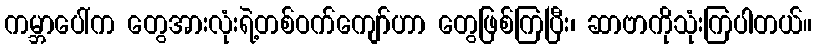
ကမ္ဘာပေါ်က တွေအားလုံးရဲ့တစ်ဝက်ကျော်ဟာ တွေဖြစ်ကြပြီး၊ ဆာဗာကိုသုံးကြပါတယ်။